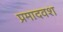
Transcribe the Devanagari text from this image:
प्रमादवश